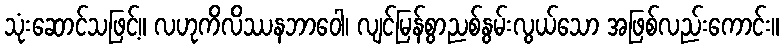
သုံးဆောင်သဖြင့်။ လဟုကိလိဿနဘာဝေါ၊ လျင်မြန်စွာညစ်နွမ်းလွယ်သော အဖြစ်လည်းကောင်း။